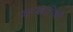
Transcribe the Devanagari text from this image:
कपड्यांनिशी